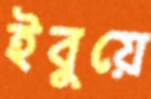
ইবুয়ে